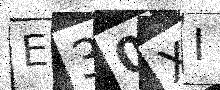
Text: E30XIN